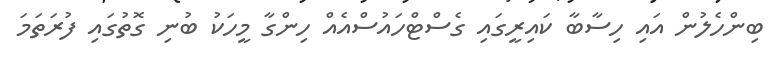
ބިންހެލުން އައި ހިސާބާ ކައިރީގައި ގެސްޓްހައުސްއެއް ހިންގާ މީހަކު ބުނި ގޮތުގައި ފުރަތަމަ